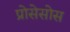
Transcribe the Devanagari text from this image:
प्रोसेसोस